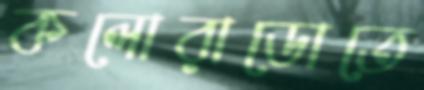
কলোরাডোতে